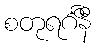
စတုရင်္ဂိနီ